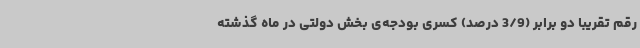
رقم تقریباً دو برابر (3/9 درصد) کسری بودجه‌ی بخش دولتی در ماه گذشته